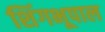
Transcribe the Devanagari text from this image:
शिंगभूपाल